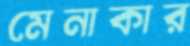
মেনাকার